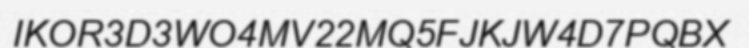
IKOR3D3WO4MV22MQ5FJKJW4D7PQBX